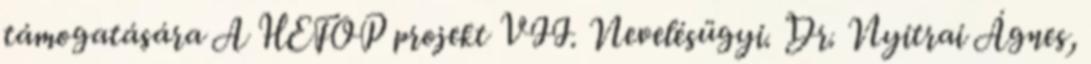
támogatására A HEFOP projekt VII. Nevelésügyi. Dr. Nyitrai Ágnes,